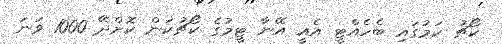
ކޯޗު ކަމުގައި ބެހެއްޓީ އެއީ އޭނާ ޓީމުގެ ކޯޗުކަން ކޮށްދޭ 1000 ވަނަ